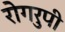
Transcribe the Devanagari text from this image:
रोगरुपी